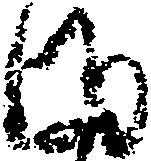
ま